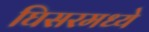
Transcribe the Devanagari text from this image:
घिसरमध्ये